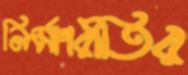
নির্মাণরীতির